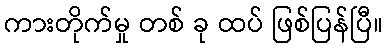
ကားတိုက်မှု တစ် ခု ထပ် ဖြစ်ပြန်ပြီ။